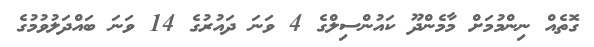
ގޮތެއް ނިންމުމަށް މާމެންދޫ ކައުންސިލްގެ 4 ވަނަ ދައުރުގެ 14 ވަނަ ބައްދަލުވުމުގެ